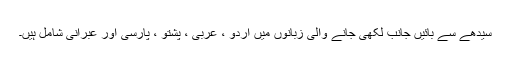
سیدھے سے بائیں جانب لکھی جانے والی زبانوں میں اردو ، عربی ، پشتو ، پارسی اور عبرانی شامل ہیں۔